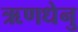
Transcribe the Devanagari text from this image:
ऋणधेनु